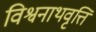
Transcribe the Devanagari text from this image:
विश्वनाथवृत्ति